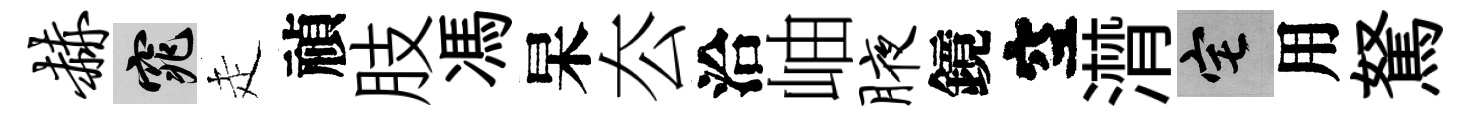
赫窕走禎肢馮杲厺洽岫腋鏡空潸宅用駑